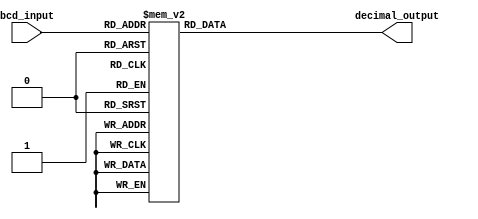
module BCD_Decoder (
    input [3:0] bcd_input,
    output reg [3:0] decimal_output
);

always @* begin
    case (bcd_input)
        4'd0: decimal_output = 4'b0000;
        4'd1: decimal_output = 4'b0001;
        4'd2: decimal_output = 4'b0010;
        4'd3: decimal_output = 4'b0011;
        4'd4: decimal_output = 4'b0100;
        4'd5: decimal_output = 4'b0101;
        4'd6: decimal_output = 4'b0110;
        4'd7: decimal_output = 4'b0111;
        4'd8: decimal_output = 4'b1000;
        4'd9: decimal_output = 4'b1001;
        default: decimal_output = 4'b1111;
    endcase
end

endmodule